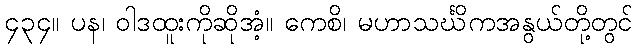
၄၃၄။ ပန၊ ဝါဒထူးကိုဆိုအံ့။ ကေစိ၊ မဟာသင်္ဃိကအနွယ်တို့တွင်